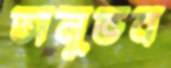
অনুভব